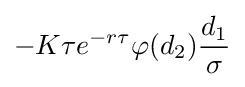
-K\tau e^{-r\tau }\varphi (d_{2}){\frac {d_{1}}{\sigma }}